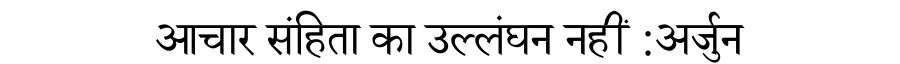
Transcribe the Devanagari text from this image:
आचार संहिता का उल्लंघन नहीं :अर्जुन